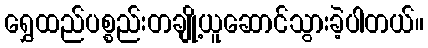
ရွှေထည်ပစ္စည်းတချို့ယူဆောင်သွားခဲ့ပါတယ်။